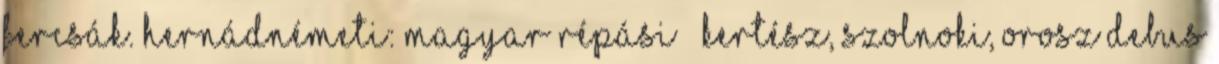
Fercsák. Hernádnémeti: Magyar Répási – Kertész, Szolnoki, Orosz Debus